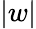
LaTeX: \vert w\vert